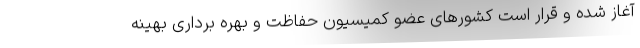
آغاز شده و قرار است کشورهای عضو کمیسیون حفاظت و بهره برداری بهینه